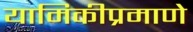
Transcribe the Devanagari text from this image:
यामिकीप्रमाणे